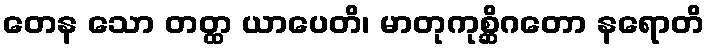
တေန သော တတ္ထ ယာပေတိ၊ မာတုကုစ္ဆိဂတော နရောတိ